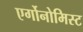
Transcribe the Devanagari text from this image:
एर्गोनोमिस्ट